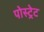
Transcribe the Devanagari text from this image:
पोस्ट्रेट